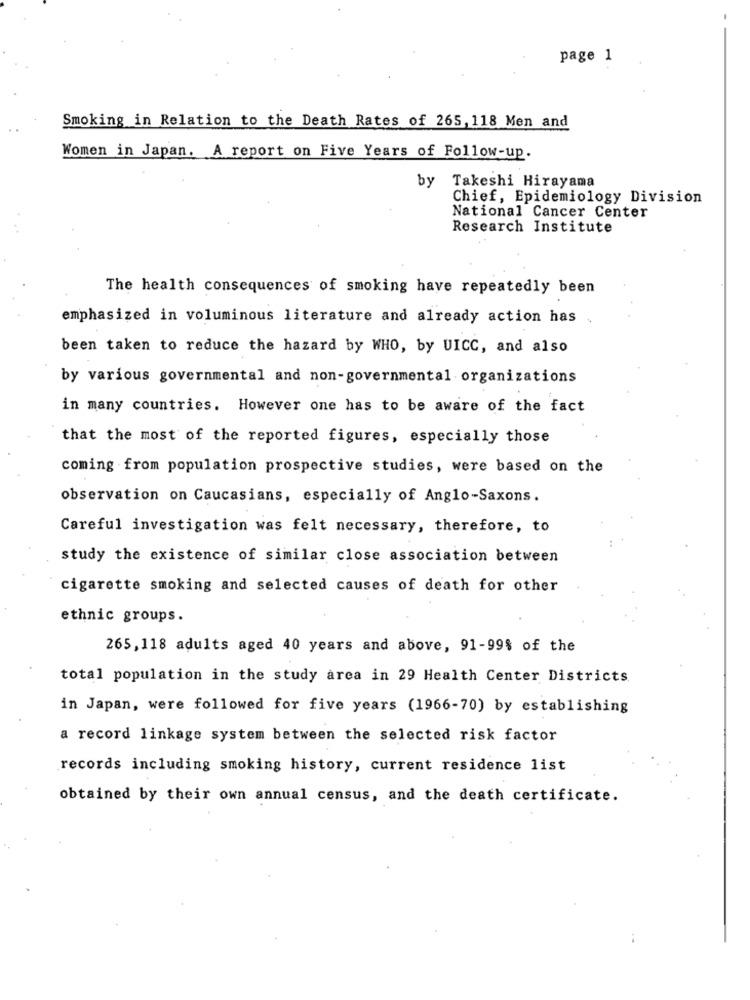
page 1
Smoking in Relation to the Death Rates of 265, 118 Men and
Women in Japan. A report on Five Years of Follow-up.
by Takeshi Hirayama
Chief, Epidemiology Division
National Cancer Center
Research Institute
The health consequences of smoking have repeatedly been
emphasized in voluminous literature and already action has
been taken to reduce the hazard by WHO, by UICC, and also
by various governmental and non-governmental organizations
in many countries. However one has to be aware of the fact
that the most of the reported figures, especially those
coming from population prospective studies, were based on the
observation on Caucasians, especially of Anglo-Saxons.
Careful investigation was felt necessary, therefore, to
study the existence of similar close association between
cigarette smoking and selected causes of death for other
ethnic groups.
265,118 adults aged 40 years and above, 91-99$ of the
total population in the study area in 29 Health Center Districts
in Japan, were followed for five years (1966-70) by establishing
a record linkage system between the selected risk factor
records including smoking history, current residence list
obtained by their own annual census, and the death certificate.